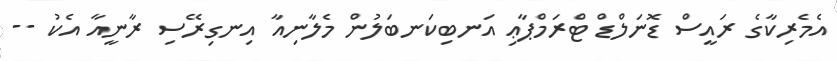
އެމެރިކާގެ ރައީސް ޑޮނަލްޑް ޓްރަމްޕާޢި އަނބިކަނބަލުން މެލާނިއާ އިނގިރޭސި ރާނީއާ އެކު --